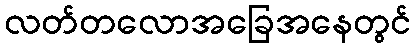
လတ်တလောအခြေအနေတွင်